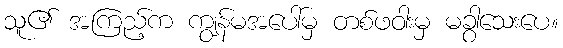
သူ၏ အကြည့်က ကျွန်မအပေါ်မှ တစ်ဖဝါးမှ မခွာသေးပေ။